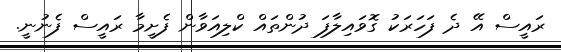
ރައީސް އޭ ދެ ފަހަރަކު ގޮވައިލާފަ ދުންތައް ކްލިއަވާން ފެށީމާ ރައީސް ފެނުނީ.